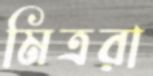
মিত্ররা